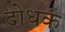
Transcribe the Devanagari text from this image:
दोधक